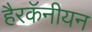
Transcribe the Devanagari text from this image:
हैरकॅनीयन